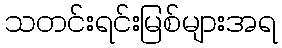
သတင်းရင်းမြစ်များအရ